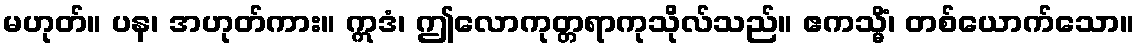
မဟုတ်။ ပန၊ အဟုတ်ကား။ ဣဒံ၊ ဤလောကုတ္တရာကုသိုလ်သည်။ ဧကသ္မိံ၊ တစ်ယောက်သော။